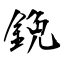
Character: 鋔